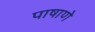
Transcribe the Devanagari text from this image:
पाषाणे